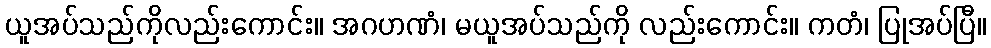
ယူအပ်သည်ကိုလည်းကောင်း။ အဂဟဏံ၊ မယူအပ်သည်ကို လည်းကောင်း။ ကတံ၊ ပြုအပ်ပြီ။